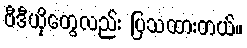
ဗီဒီယိုတွေလည်း ပြသထားတယ်။